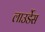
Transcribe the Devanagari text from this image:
लाउर्डेस